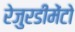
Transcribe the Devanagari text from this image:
रेजुरडीमेंटो